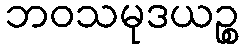
ဘဝသမုဒယဉ္စ